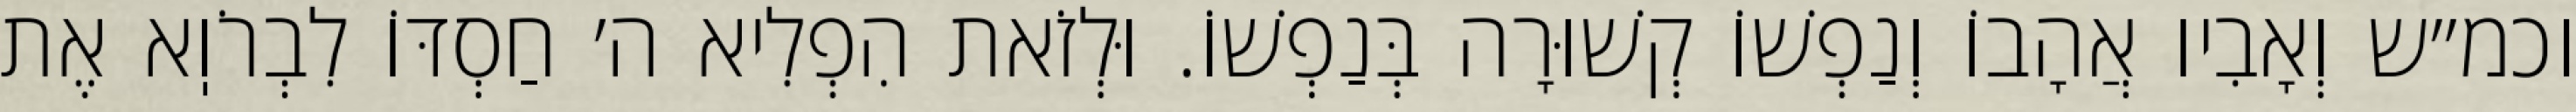
וכמ״ש וְאָבִיו אֲהָבוֹ וְנַפְשׁוֹ קְשׁוּרָה בְּנַפְשׁוֹ. וּלְזֹאת הִפְלִיא ה׳ חַסְדּוֹ לִבְרֹוֽא אֶת